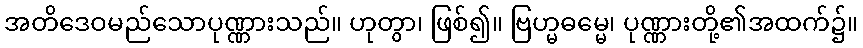
အတိဒေဝမည်သောပုဏ္ဏားသည်။ ဟုတွာ၊ ဖြစ်၍။ ဗြဟ္မဓမ္မေ၊ ပုဏ္ဏားတို့၏အထက်၌။